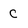
Character: C